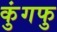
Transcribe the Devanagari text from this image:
कुंगफु